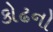
કોઢનો